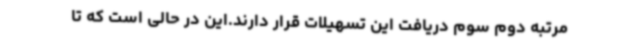
مرتبه دوم سوم دریافت این تسهیلات قرار دارند.این در حالی است که تا